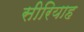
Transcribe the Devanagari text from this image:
सीरियाह